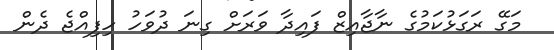
މަގޭ ރަގަޅުކަމުގެ ނާޖާއިޒް ފައިދާ ވަރަށް ގިނަ ދުވަހު ހިފިއްޖެ ދެން